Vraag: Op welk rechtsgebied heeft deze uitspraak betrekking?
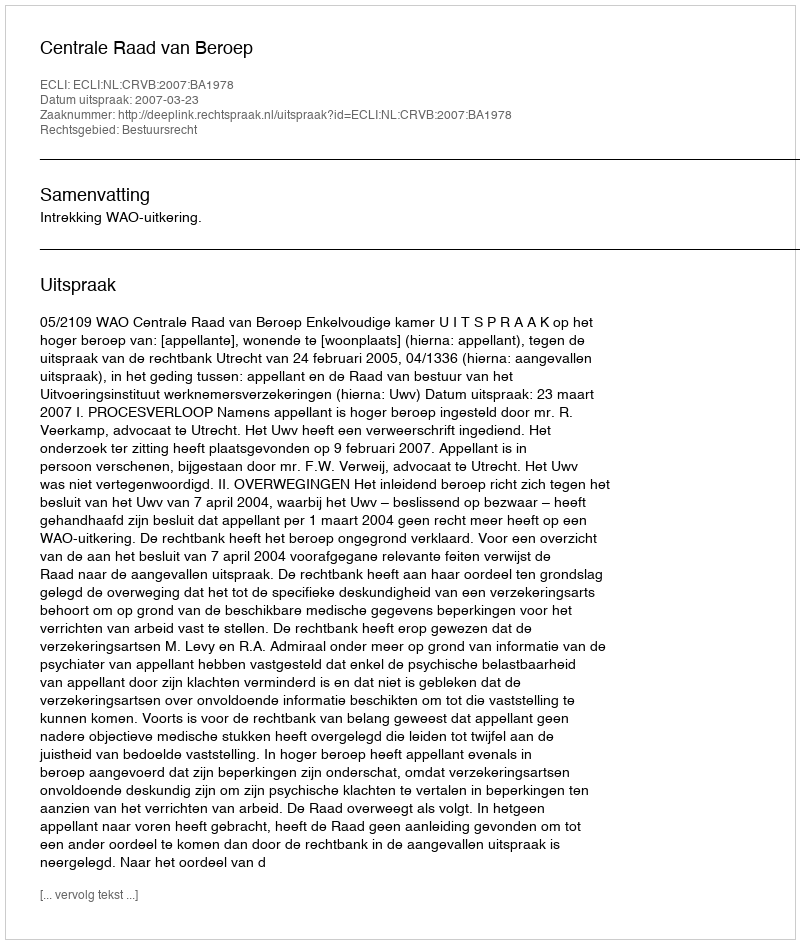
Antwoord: Bestuursrecht